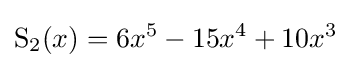
\operatorname {S} _{2}(x)=6x^{5}-15x^{4}+10x^{3}